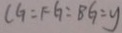
C G = F G = B G = y